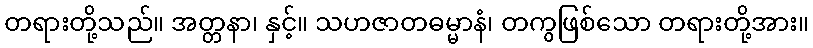
တရားတို့သည်။ အတ္တနာ၊ နှင့်။ သဟဇာတဓမ္မာနံ၊ တကွဖြစ်သော တရားတို့အား။